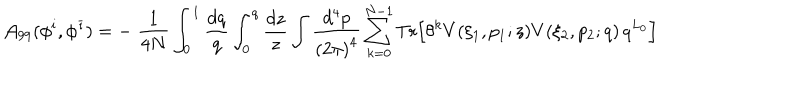
{ \cal A } _ { 9 9 } ( \phi ^ { i } , { \phi ^ { \bar { \imath } } } ) = - \; \frac { 1 } { 4 N } \int _ { 0 } ^ { 1 } \frac { d q } { q } \int _ { 0 } ^ { q } \frac { d z } { z } \int \frac { d ^ { 4 } p } { { ( 2 \pi ) } ^ { 4 } } \sum _ { k = 0 } ^ { N - 1 } \mathrm { T r } \Bigl [ \theta ^ { k } V ( \xi _ { 1 } , p _ { 1 } ; z ) V ( \xi _ { 2 } , p _ { 2 } ; q ) \, q ^ { L _ { 0 } } \Bigr ]